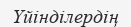
Үйінділердің